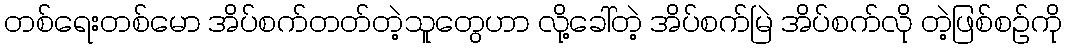
တစ်ရေးတစ်မော အိပ်စက်တတ်တဲ့သူတွေဟာ လို့ခေါ်တဲ့ အိပ်စက်မြဲ အိပ်စက်လို တဲ့ဖြစ်စဉ်ကို